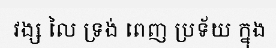
វង្ស លៃ ទ្រង់ ពេញ ប្រទ័យ ក្នុង